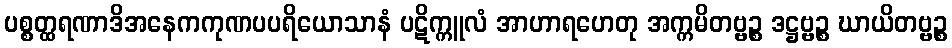
ပစ္စတ္ထရဏာဒိအနေကကုဏပပရိယောသာနံ ပဋိက္ကူလံ အာဟာရဟေတု အက္ကမိတဗ္ဗဉ္စ ဒဋ္ဌဗ္ဗဉ္စ ဃာယိတဗ္ဗဉ္စ